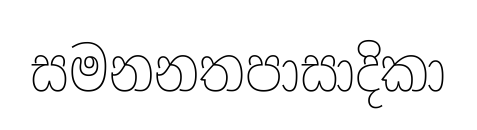
සමනනතපාසාදිකා